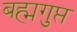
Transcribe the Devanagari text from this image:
बह्मगुप्त